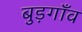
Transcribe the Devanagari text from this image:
बुड़गाँव